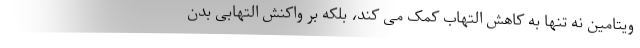
ویتامین نه تنها به کاهش التهاب کمک می کند، بلکه بر واکنش التهابی بدن